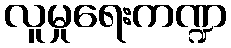
လူမှုရေးကဏ္ဍ